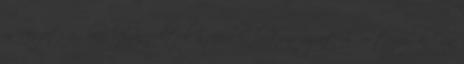
művészeti ágban leszerepeltek a repülés biztonságát előre tervezők. Na